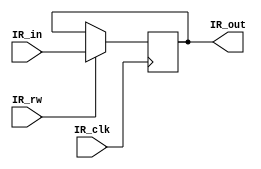
module IR(
    input[7:0] IR_in,
	output[7:0] IR_out,
	input IR_rw,IR_clk);

	reg[7:0] IR_out = 8'b00000000;
	 
	always @(posedge IR_clk)
	begin
    	IR_out <= IR_rw ? IR_in : IR_out;
	end
endmodule